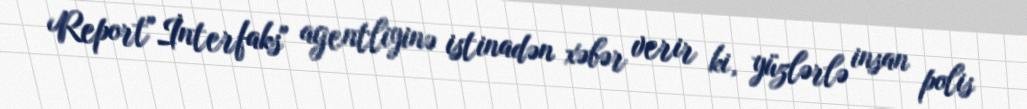
Report"İnterfaks" agentliyinə istinadən xəbər verir ki, yüzlərlə insan polis